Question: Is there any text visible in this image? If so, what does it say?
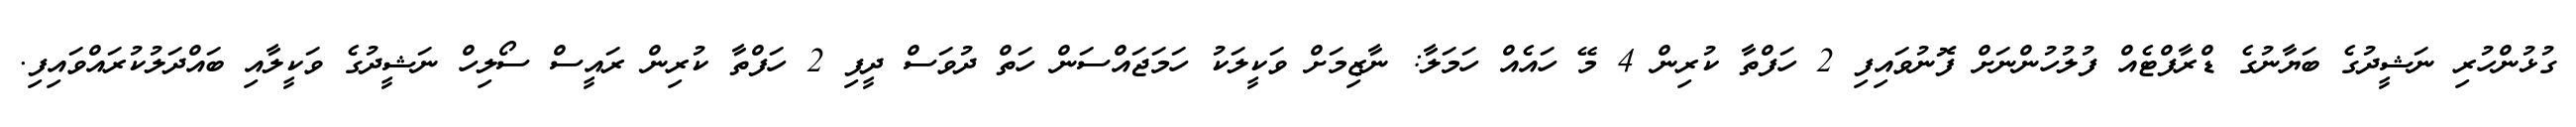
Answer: ގުޅުންހުރި ނަޝީދުގެ ބަޔާނުގެ ޑްރާފްޓެއް ފުލުހުންނަށް ފޮނުވައިފި 2 ހަފްތާ ކުރިން 4 މޭ ހައެއް ހަމަލާ: ނާޒިމަށް ވަކީލަކު ހަމަޖައްސަން ހަތް ދުވަސް ދީފި 2 ހަފްތާ ކުރިން ރައީސް ސޯލިހް ނަޝީދުގެ ވަކީލާއި ބައްދަލުކުރައްވައިފި.